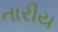
તારીય